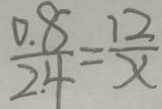
\frac { 0 . 8 } { 2 . 4 } = \frac { 1 2 } { x }